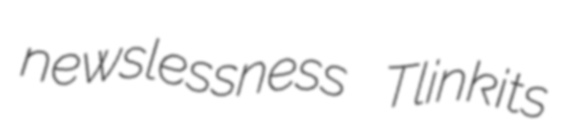
newslessness Tlinkits